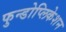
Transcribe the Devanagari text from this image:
फुन्डोप्लिकेशन